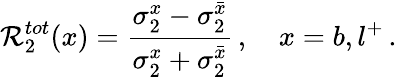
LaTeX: {\cal R}_{2}^{tot}(x)=\frac{\sigma_{2}^{x}-\sigma_{2}^{\bar{x}}}{\sigma_{2}^{x}+\sigma_{2}^{\bar{x}}}\, ,\quad x=b,l^{+}\, .